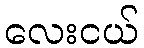
လေးငယ်